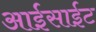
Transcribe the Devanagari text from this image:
आईसाईट